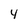
Character: y